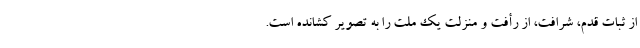
از ثبات قدم، شرافت، از رأفت و منزلت یک ملت را به تصویر کشانده است.